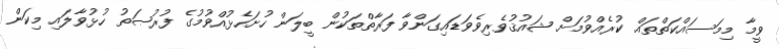
ވީމާ މިމަސައްކަތްތައް ކުރެއްވުމަށް ޝައުޤުވެރިވެވަަޑައިގަންވާ ފަރާތްތަކުން ބީލަން ހުށަހެޅުއްވުމުގެ ފުރުޞަތުު ހުޅުވާލައި މިކަން